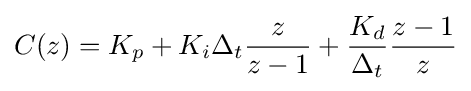
C(z)=K_{p}+K_{i}\Delta _{t}{\frac {z}{z-1}}+{\frac {K_{d}}{\Delta _{t}}}{\frac {z-1}{z}}